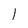
Character: 1